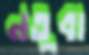
নতুবা